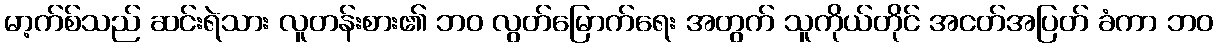
မာ့က်စ်သည် ဆင်းရဲသား လူတန်းစား၏ ဘဝ လွတ်မြောက်ရေး အတွက် သူကိုယ်တိုင် အငတ်အပြတ် ခံကာ ဘဝ